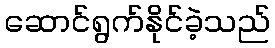
ဆောင်ရွက်နိုင်ခဲ့သည်